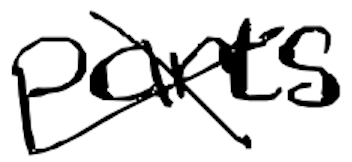
Text: parts
Cross-out: cross
Writing tool: digital_black